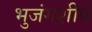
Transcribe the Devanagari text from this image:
भुजंगशीर्ष